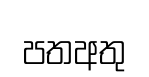
පතඅතු